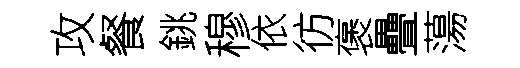
攻餐銚穆依彷褒疊蕩